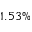
1 . 5 3 \%